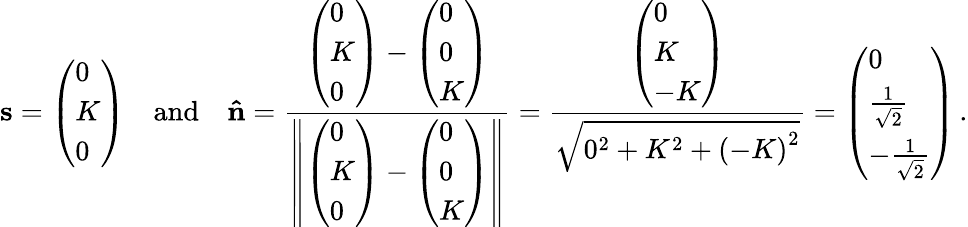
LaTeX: \mathbf{s}={\left(\begin{array}{l}{0}\\ {K}\\ {0}\end{array}\right)}\quad{\mathrm{and}}\quad\mathbf{\hat{n}}={\frac{{\left(\begin{array}{l}{0}\\ {K}\\ {0}\end{array}\right)}-{\left(\begin{array}{l}{0}\\ {0}\\ {K}\end{array}\right)}}{\left\| {\left(\begin{array}{l}{0}\\ {K}\\ {0}\end{array}\right)}-{\left(\begin{array}{l}{0}\\ {0}\\ {K}\end{array}\right)}\right\| }}={\frac{\left(\begin{array}{l}{0}\\ {K}\\ {-K}\end{array}\right)}{\sqrt{0^{2}+K^{2}+{(-K)}^{2}}}}={\left(\begin{array}{l}{0}\\ {{\frac{1}{\sqrt{2}}}}\\ {-{\frac{1}{\sqrt{2}}}}\end{array}\right)}\, .